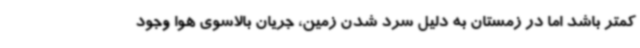
کمتر باشد اما در زمستان به دلیل سرد شدن زمین، جریان بالاسوی هوا وجود